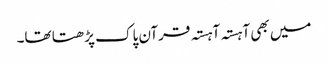
میں بھی آہستہ آہستہ قرآن پاک پڑھتا تھا۔